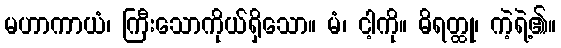
မဟာကာယံ၊ ကြီးသောကိုယ်ရှိသော။ မံ၊ ငါ့ကို။ ဓိရတ္ထု၊ ကဲ့ရဲ့၏။